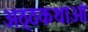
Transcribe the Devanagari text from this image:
अठ्ठकथाओं